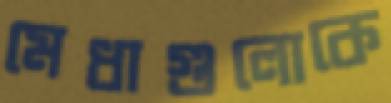
মেধাগুলোকে